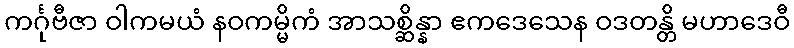
ကင်္ဂုဗီဇာ ဝါကမယံ နဝကမ္မိကံ အာသစ္ဆိန္နာ ဧကဒေသေန ဝဒတန္တိ မဟာဒေဝီ